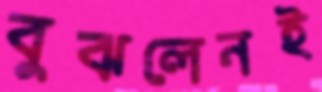
বুঝলেনই